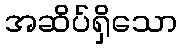
အဆိပ်ရှိသော